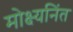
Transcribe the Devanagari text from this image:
मोक्ष्यनिंत